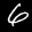
Label: 6